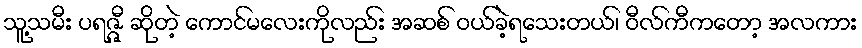
သူ့သမီး ပရဇ္ဇီ ဆိုတဲ့ ကောင်မလေးကိုလည်း အဆစ် ဝယ်ခဲ့ရသေးတယ်၊ ဝီလ်ကီကတော့ အလကား